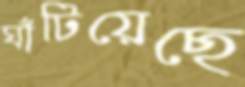
ঘাঁটিয়েছে